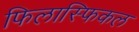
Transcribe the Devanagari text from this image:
फिलास्फिकल